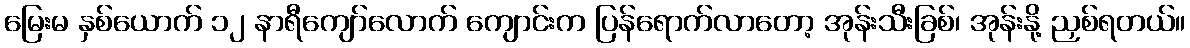
မြေးမ နှစ်ယောက် ၁၂ နာရီကျော်လောက် ကျောင်းက ပြန်ရောက်လာတော့ အုန်းသီးခြစ်၊ အုန်းနို့ ညှစ်ရတယ်။